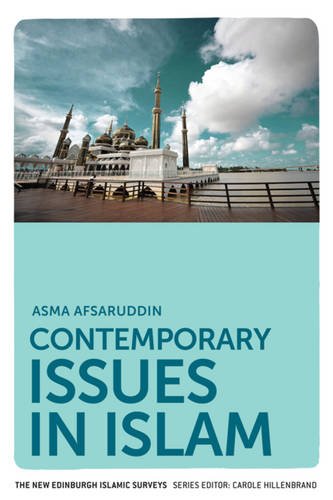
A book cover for Contemporary Issues in Islam (The New Edinburgh Islamic Surveys EUP); Asma Afsaruddin; Religion & Spirituality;